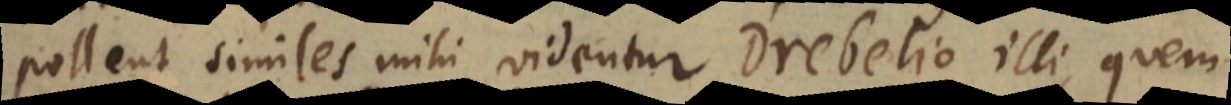
pollent similes mihi videntur Drebelio illi, quem